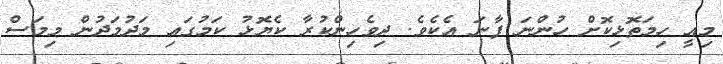
މިއީ ހިމަތޮޅިކޮށް ހުންނަ ފާނަ އެކެވެ. ދިވެހިންކުރާ ކެޔޮޅު ކަމުގައި މަދުމަދުން މިމަސް